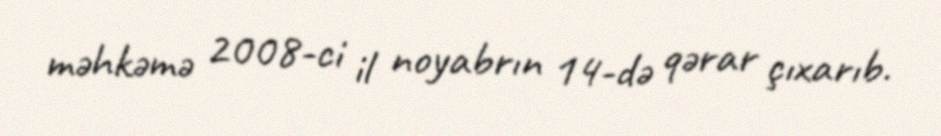
məhkəmə 2008-ci il noyabrın 14-də qərar çıxarıb.